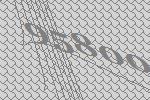
95800